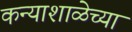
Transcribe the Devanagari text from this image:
कन्याशाळेच्या